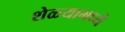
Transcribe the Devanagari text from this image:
शेळ्यामध्ये